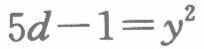
\(5d - 1 = y^{2}\)